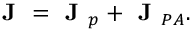
\textbf { J } = \textbf { J } _ { p } + \textbf { J } _ { P A } .